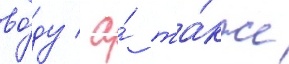
во́ду / а́ та́кже